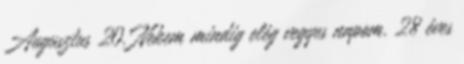
Augusztus 20. Nekem mindig elég vegyes napom. 28 éves